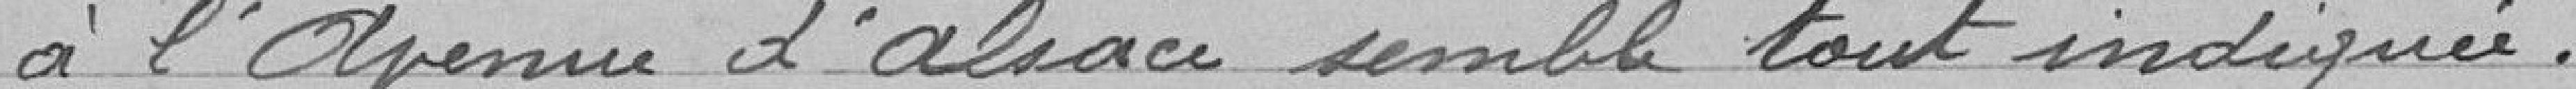
à l'avenue d'Alsace semble toute indiquée.